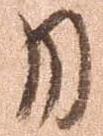
月